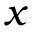
x